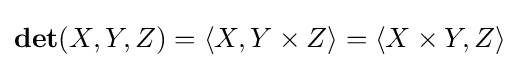
\mathbf {det} (X,Y,Z)=\langle X,Y\times Z\rangle =\langle X\times Y,Z\rangle